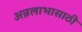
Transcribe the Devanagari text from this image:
अन्नलाभासाठी